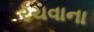
રચવાના